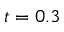
t = 0 . 3